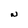
Character: N